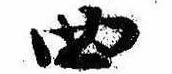
四